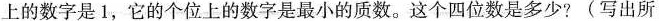
上的数字是1，它的个位上的数字是最小的质数。这个四位数是多少?(写出所